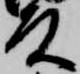
殿